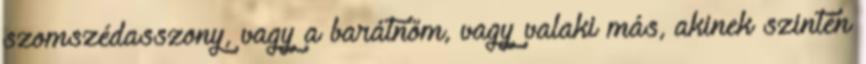
szomszédasszony, vagy a barátnőm, vagy valaki más, akinek szintén